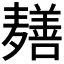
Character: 𬹎